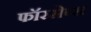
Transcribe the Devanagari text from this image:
फॉरसेप्स